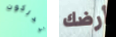
تدركون أرضك